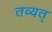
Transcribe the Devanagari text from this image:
तव्यत्